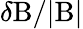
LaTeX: \delta\mathrm{B}/|\mathrm{B}|